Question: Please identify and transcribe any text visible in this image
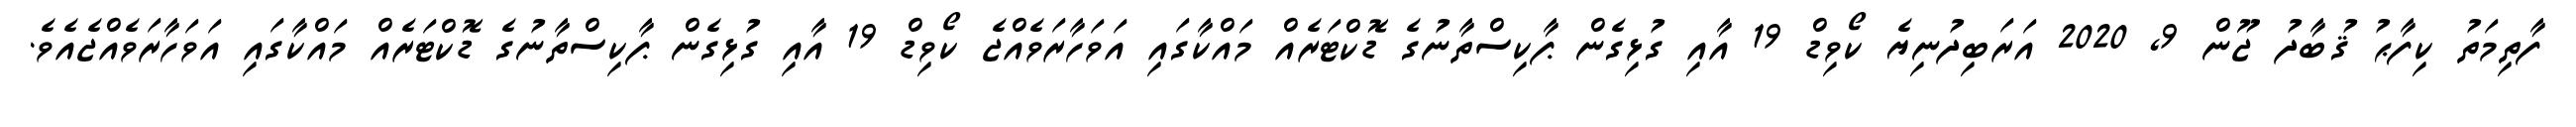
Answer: ފާތިމަތު ކިފާޙު ޤުބާދު ޖޫން 9, 2020 އަރަބިދުނިޔެ ކޯވިޑް 19 އާއި ގުޅިގެން ޕާކިސްތާނުގެ ޑޮކްޓަރެއް މައްކާގައި އަވަހާރަވެއްޖެ ކޯވިޑް 19 އާއި ގުޅިގެން ޕާކިސްތާނުގެ ޑޮކްޓަރެއް މައްކާގައި އަވަހާރަވެއްޖެއެވެ.